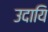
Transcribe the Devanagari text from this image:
उदायि